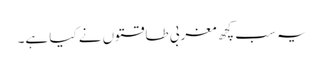
یہ سب کچھ مغربی طاقتوں نے کیا ہے۔